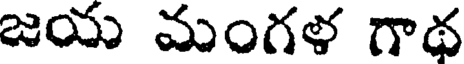
జయ మంగళ గాథ